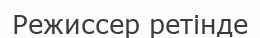
Режиссер ретінде